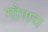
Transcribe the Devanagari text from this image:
गौणच